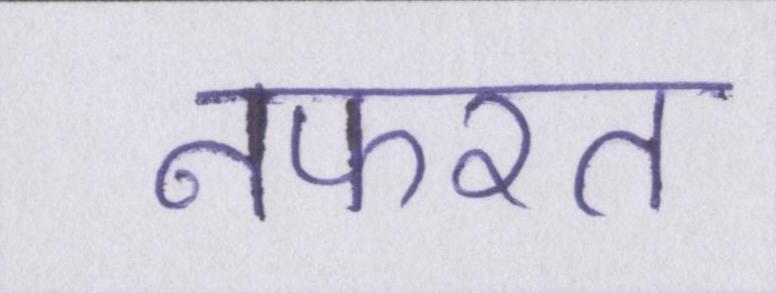
नफरत